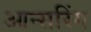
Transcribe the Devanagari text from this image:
आन्सरिंग